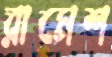
রামেশ